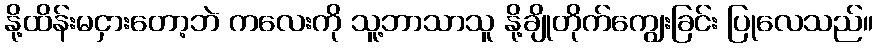
နို့ထိန်းမငှားတော့ဘဲ ကလေးကို သူ့ဘာသာသူ နို့ချိုတိုက်ကျွေးခြင်း ပြုလေသည်။